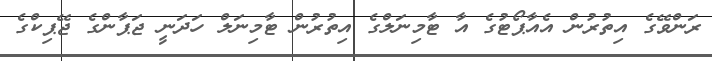
ރަންވޭގެ އިތުރުން އެއާޕޯޓުގެ އާ ޓާމިނަލްގެ އިތުރުން ޓާމިނަލް ހަދަނީ ޖަޕާންގެ ޖޭޕިކްގެ